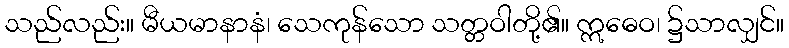
သည်လည်း။ မီယမာနာနံ၊ သေကုန်သော သတ္တဝါတို့၏။ ဣဓေဝ၊ ၌သာလျှင်။